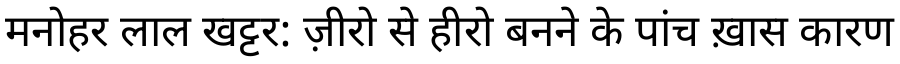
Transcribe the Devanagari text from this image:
मनोहर लाल खट्टर: ज़ीरो से हीरो बनने के पांच ख़ास कारण